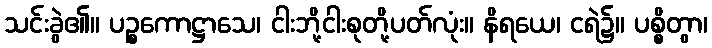
သင်းခွဲ၏။ ပဉ္စကောဋ္ဌာသေ၊ ငါးဘို့ငါးစုတို့ပတ်လုံး။ နိရယေ၊ ငရဲ၌။ ပစ္စိတွာ၊